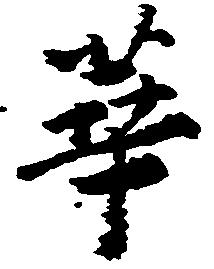
華